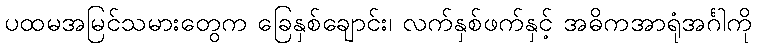
ပထမအမြင်သမားတွေက ခြေနှစ်ချောင်း၊ လက်နှစ်ဖက်နှင့် အဓိကအာရုံအင်္ဂါကို